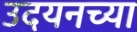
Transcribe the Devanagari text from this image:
उदयनच्या